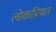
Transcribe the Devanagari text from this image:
लोकप्रियत